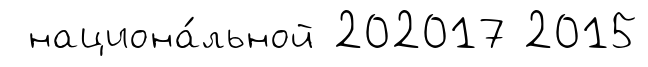
национа́льной 202017 2015